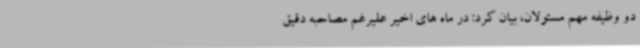
دو وظیفه مهم مسئولان، بیان کرد: در ماه های اخیر علیرغم مصاحبه دقیق